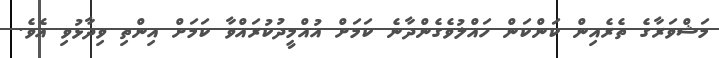
މަޝްވަރާގެ ތެރެއިން ކަންކަން ހައްލުވެގެންދާނެ ކަމަށް އުއްމީދުކުރައްވާ ކަމަށް އިންތި ވިދާޅުވި އެވެ.